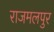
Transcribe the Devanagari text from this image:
राजमलपुर